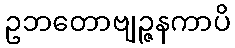
ဥဘတောဗျဉ္ဇနကာပိ